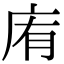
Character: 𢈓